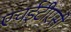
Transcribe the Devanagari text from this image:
एचईटीएसी